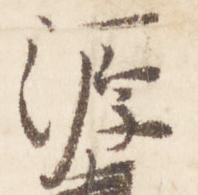
源